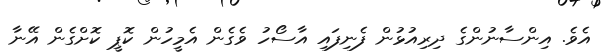
އެވެ. އިންސާނުންގެ ދިރިއުޅުން ފެނިފައި އާސޯހު ވެގެން އެމީހުން ކޮޕީ ކޮށްގެން އޭނާ